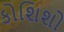
કોશિશો